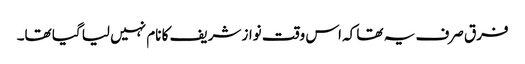
فرق صرف یہ تھا کہ اس وقت نواز شریف کا نام نہیں لیا گیا تھا۔